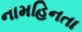
નામહિનતા